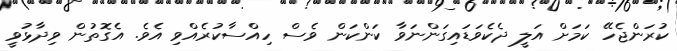
ކުރަންޖެހޭ ކަމަށް އަލީ ދެކެވަޑައިގަންނަވާ ކަންކަން ވެސް ހިއްސާކުރެއްވި އެވެެ. އެގޮތުން ވިދާޅުވީ